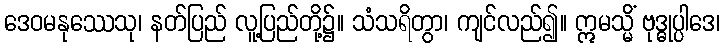
ဒေဝမနုဿေသု၊ နတ်ပြည် လူ့ပြည်တို့၌။ သံသရိတွာ၊ ကျင်လည်၍။ ဣမသ္မိံ ဗုဒ္ဓုပ္ပါဒေ၊